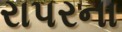
રાપરના